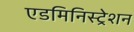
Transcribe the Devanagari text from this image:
एडमिनिस्‍ट्रेशन